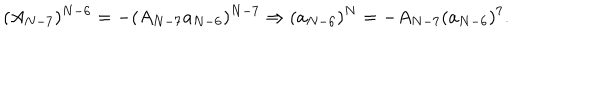
( A _ { N - 7 } ) ^ { N - 6 } = - ( A _ { N - 7 } a _ { N - 6 } ) ^ { N - 7 } \Rightarrow ( a _ { N - 6 } ) ^ { N } = - A _ { N - 7 } ( a _ { N - 6 } ) ^ { 7 } .